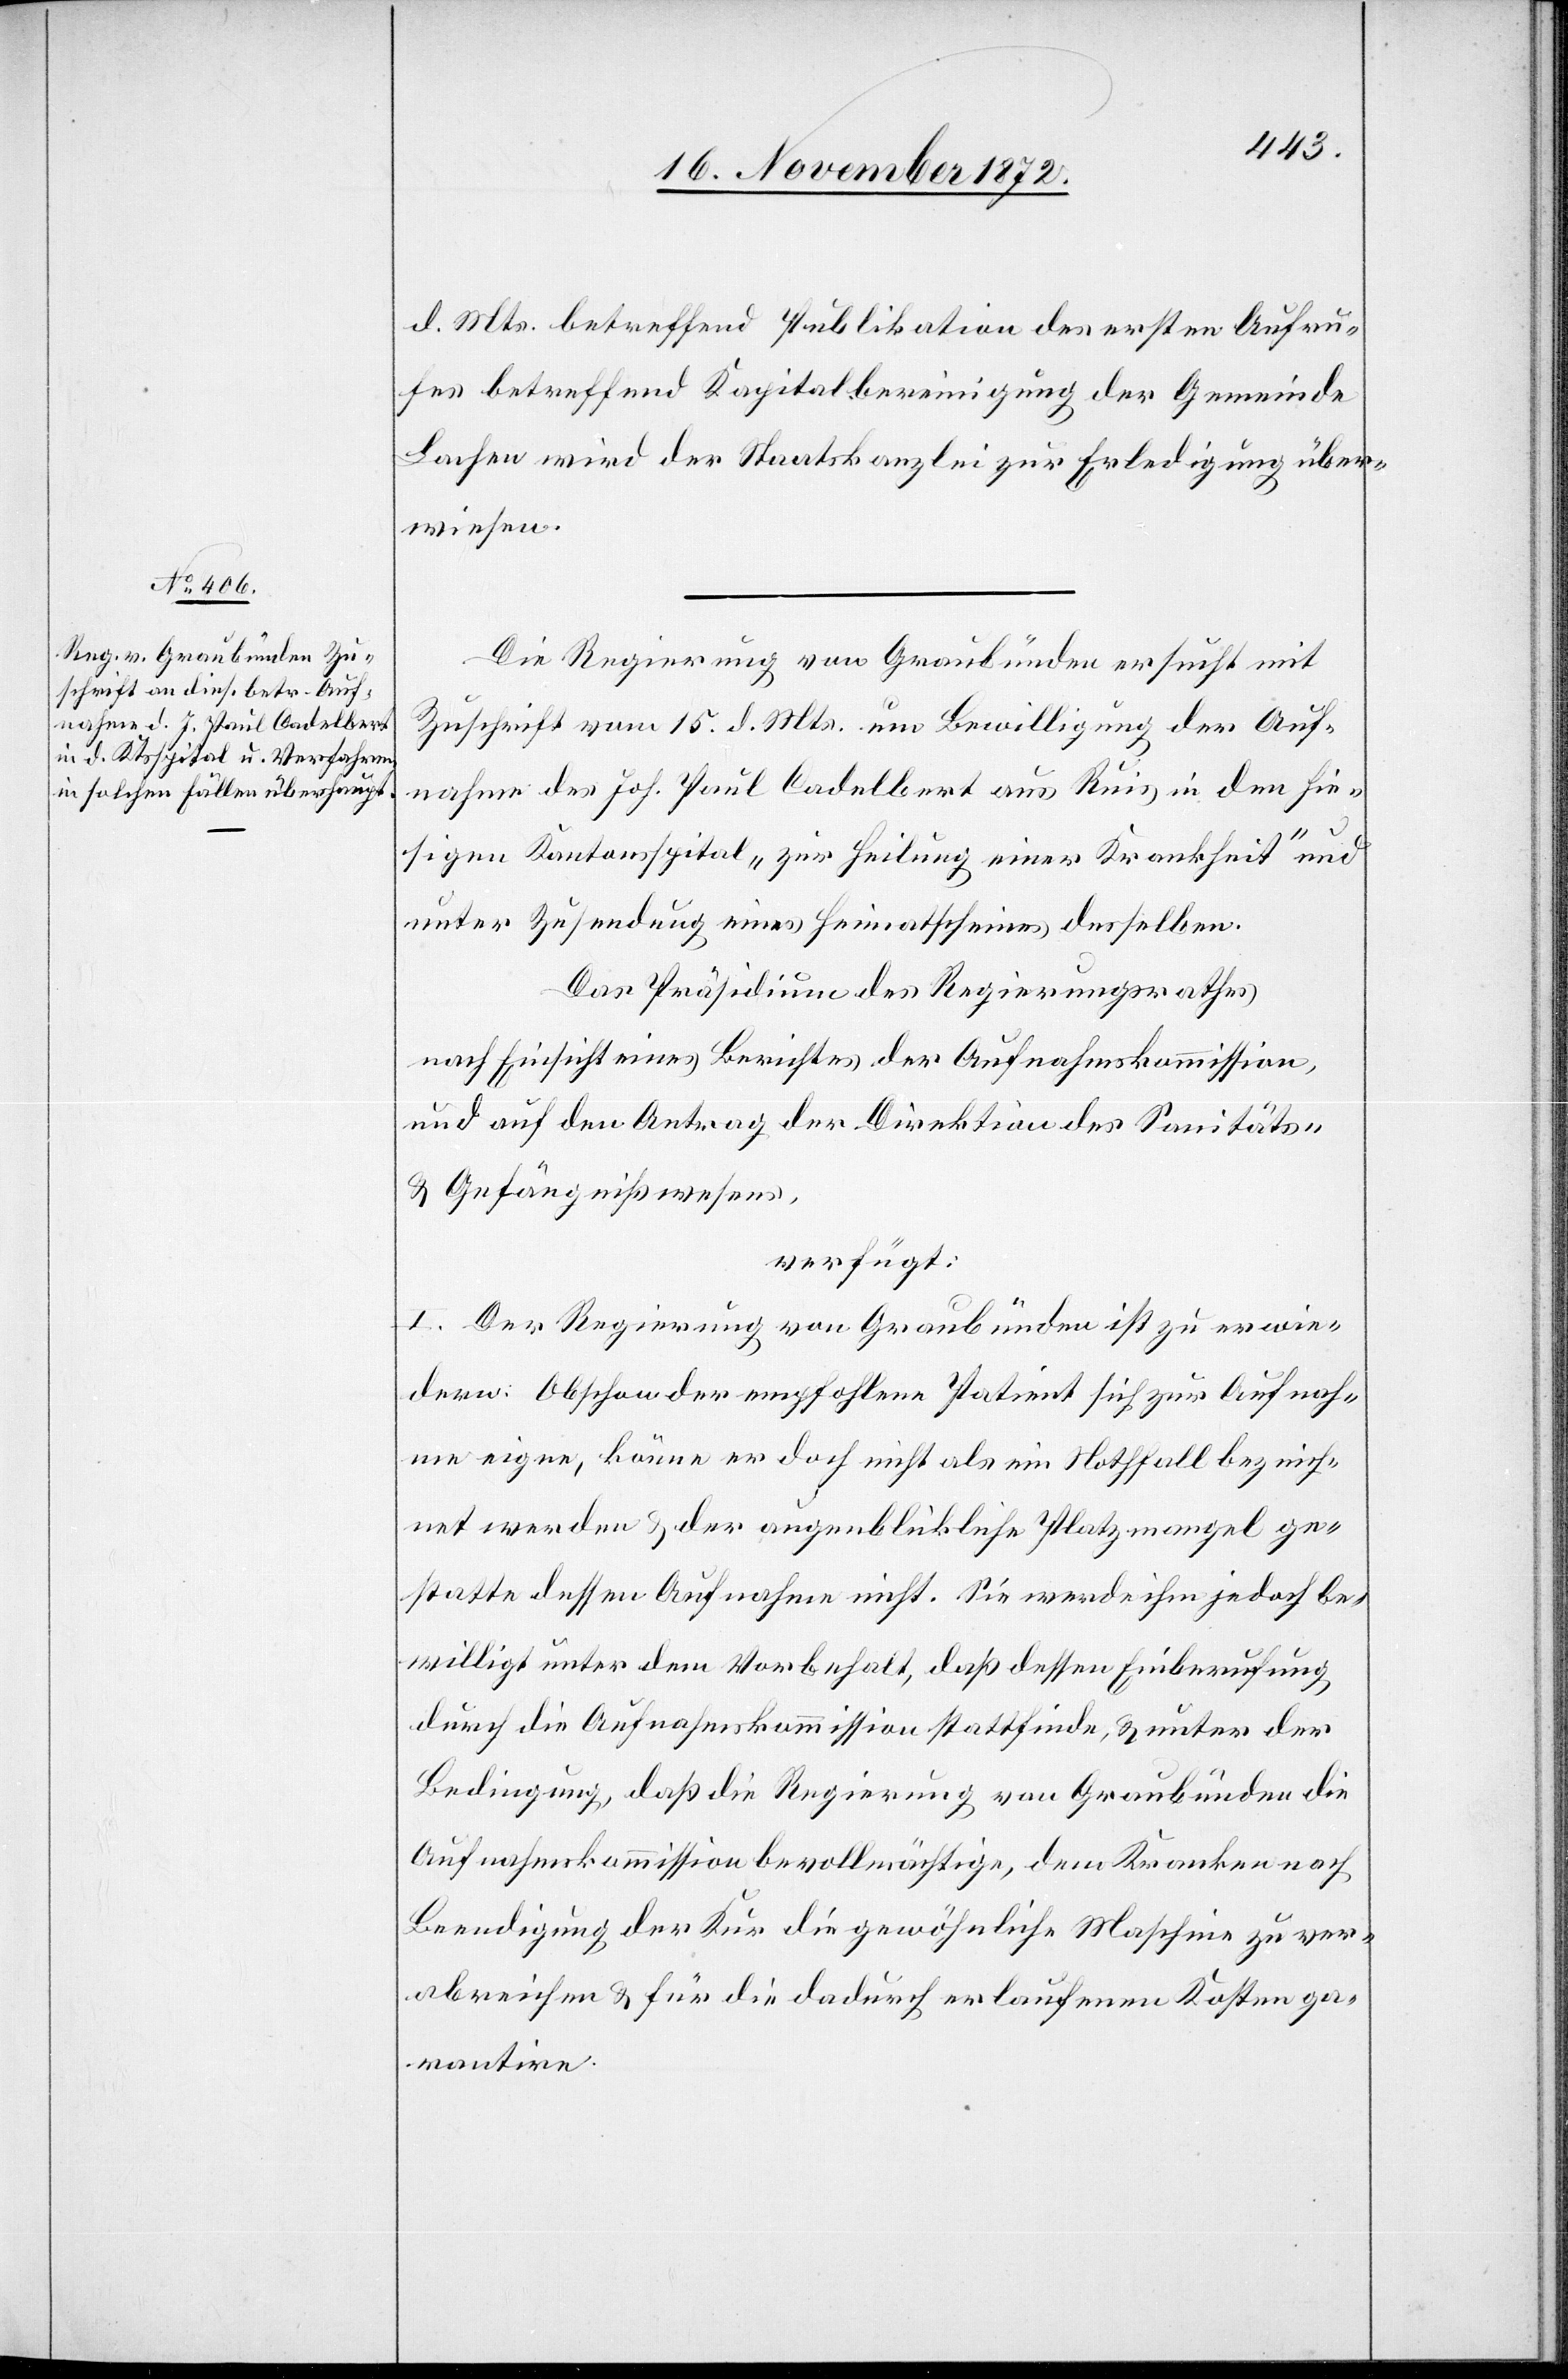
18. November 1872.]
d. Mts. betreffend Publikation des ersten Aufru¬
fes betreffend Kapitalbereinigung der Gemeinde
Lachen wird der Staatskanzlei zur Erledigung über¬
wiesen.
Die Regierung von Graubünden ersucht mit
Zuschrift vom 15. d. Mts. um Bewilligung der Auf¬
nahme des Joh. Paul Cadelbert aus Ruis in den hie¬
sigen Kantonsspital „zur Heilung einer Krankheit“ und
unter Zusendung eines Heimatscheines desselben.
Das Präsidium des Regierungsrathes
nach Einsicht eines Berichtes der Aufnahmskommission
und auf den Antrag der Direktion des Sanitäts-
u. Gefängnißwesens,
verfügt:
I. Der Regierung von Graubünden ist zu erwie¬
dern: Obschon der empfohlene Patient sich zur Aufnah¬
me eigne, könne er doch nicht als ein Nothfall bezeich¬
net werden u. der augenblickliche Platzmangel ge¬
statte dessen Aufnahme nicht. Sie werde ihm jedoch be¬
willigt unter dem Vorbehalt, daß dessen Einberufung
durch die Aufnahmskommission stattfinde, u. unter der
Bedingung, daß die Regierung von Graubünden die
Aufnahmskommission bevollmächtige, dem Kranken nach
Beendigung der Kur die gewöhnliche Maschine zu ver¬
abreichen u. für die dadurch erlaufenen Kosten gar¬
antire.